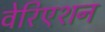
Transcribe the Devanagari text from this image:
वेरिएशन